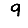
Digit: 9